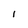
Character: I